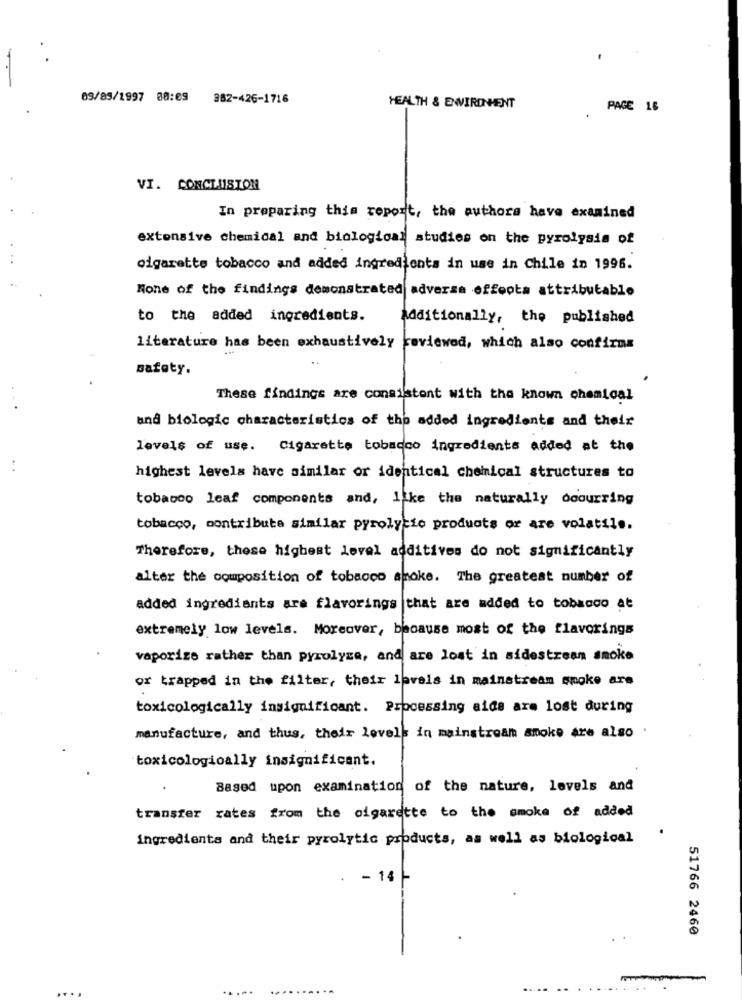
09/89/1997 00:09 382-426-1716
HEALTH & ENVIRONMENT
PAGE 16
VI. CONCLUSION
In preparing this report, the authors have examined
extensive chemical and biological studies on the pyrolysis of
cigarette tobacco and added ingredients in use in Chile in 1996.
None of the findings demonstrated adversa offoota attributable
to the added ingredients.
Additionally, the published
literature has been exhaustively reviewed, which also confirms
safety.
These findings are consistent with the known chemical
und biologic characteristics of the added ingredients and their
levels of use. Cigarette tobacco ingredients added at the
highest levels have similar or identical chemical structures to
tobacco leaf components and, like the naturally doourring
tobacco, contribute similar pyrolycio products or are volatile.
Therefore, these highest level additives do not significantly
alter the composition of tobacco smoke. The greatest number of
added ingredients are flavorings |that are added to tobacco at
extremely low levels. Moreover, because most of the flavorings
vaporize rather than pyrolyse, and are lost in sidestream smoke
or trapped in the filter, their lavals in mainstream smoke are
toxicologically insignificant. Processing aids are lost during
manufacture, and thus, their levels in mainstream smoke are also
toxicologically insignificant.
Based upon examination of the nature, levels and
transfer rates from the cigarette to the smoke of added
ingredients and their pyrolytic products, as well as biological
- 14
51766 2460